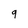
Character: 9